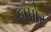
બપોર